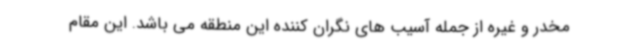
مخدر و غیره از جمله آسیب های نگران کننده این منطقه می باشد. این مقام